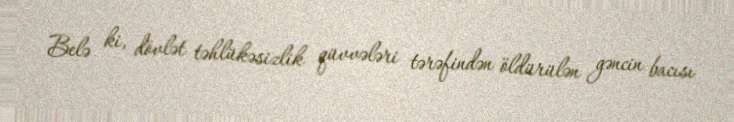
Belə ki, dövlət təhlükəsizlik qüvvələri tərəfindən öldürülən gəncin bacısı